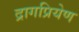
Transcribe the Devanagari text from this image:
द्रागप्रियेण